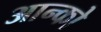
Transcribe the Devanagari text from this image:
आन्को